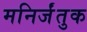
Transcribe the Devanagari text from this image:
मनिर्जंतुक